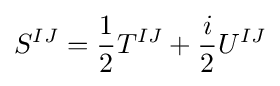
S^{IJ}={1 \over 2}T^{IJ}+{\frac {i}{2}}U^{IJ}